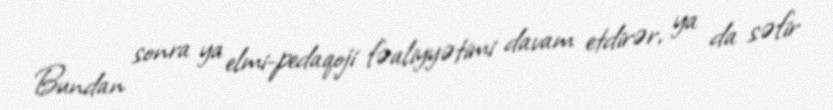
Bundan sonra ya elmi-pedaqoji fəaliyyətimi davam etdirər, ya da səfir